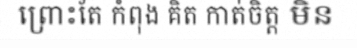
ព្រោះតែ កំពុង គិត កាត់ចិត្ត មិន